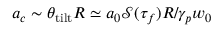
a _ { c } \sim \theta _ { \mathrm { { t i l t } } } R \simeq a _ { 0 } \mathcal { S } ( \tau _ { f } ) R / \gamma _ { p } w _ { 0 }